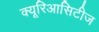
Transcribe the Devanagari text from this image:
क्यूरिआसिटीज